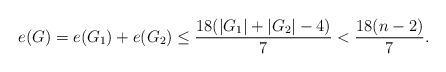
LaTeX: \begin{align*} e(G)=e(G_1)+e(G_2)\leq \frac{18(|G_1|+|G_2|-4)}7<\frac{18(n-2)}7. \end{align*}